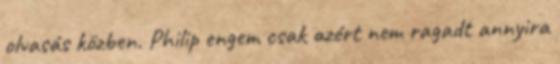
olvasás közben. Philip engem csak azért nem ragadt annyira